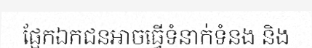
ផ្អែកឯកជនអាចធ្វើទំនាក់ទំនង និង